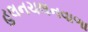
હલનચલનવાળા